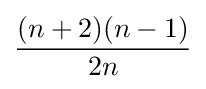
\displaystyle {\frac {(n+2)(n-1)}{2n}}